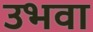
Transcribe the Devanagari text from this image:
उभवा